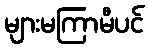
များမကြာမီပင်